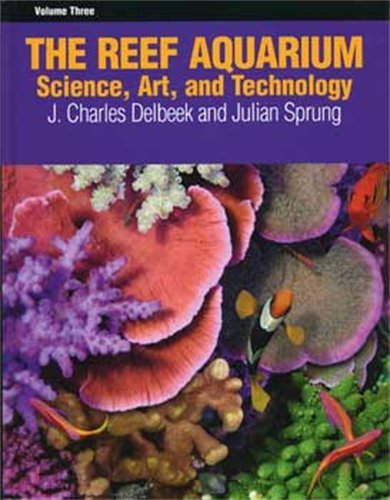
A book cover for The Reef Aquarium, Vol. 3: Science, Art, and Technology; Julian Sprung; Crafts, Hobbies & Home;